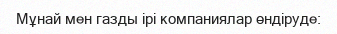
Мұнай мен газды ірі компаниялар өндіруде: